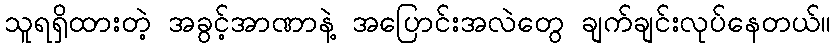
သူရရှိထားတဲ့ အခွင့်အာဏာနဲ့ အပြောင်းအလဲတွေ ချက်ချင်းလုပ်နေတယ်။